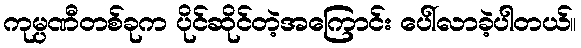
ကုမ္ပဏီတစ်ခုက ပိုင်ဆိုင်တဲ့အကြောင်း ပေါ်လာခဲ့ပါတယ်။